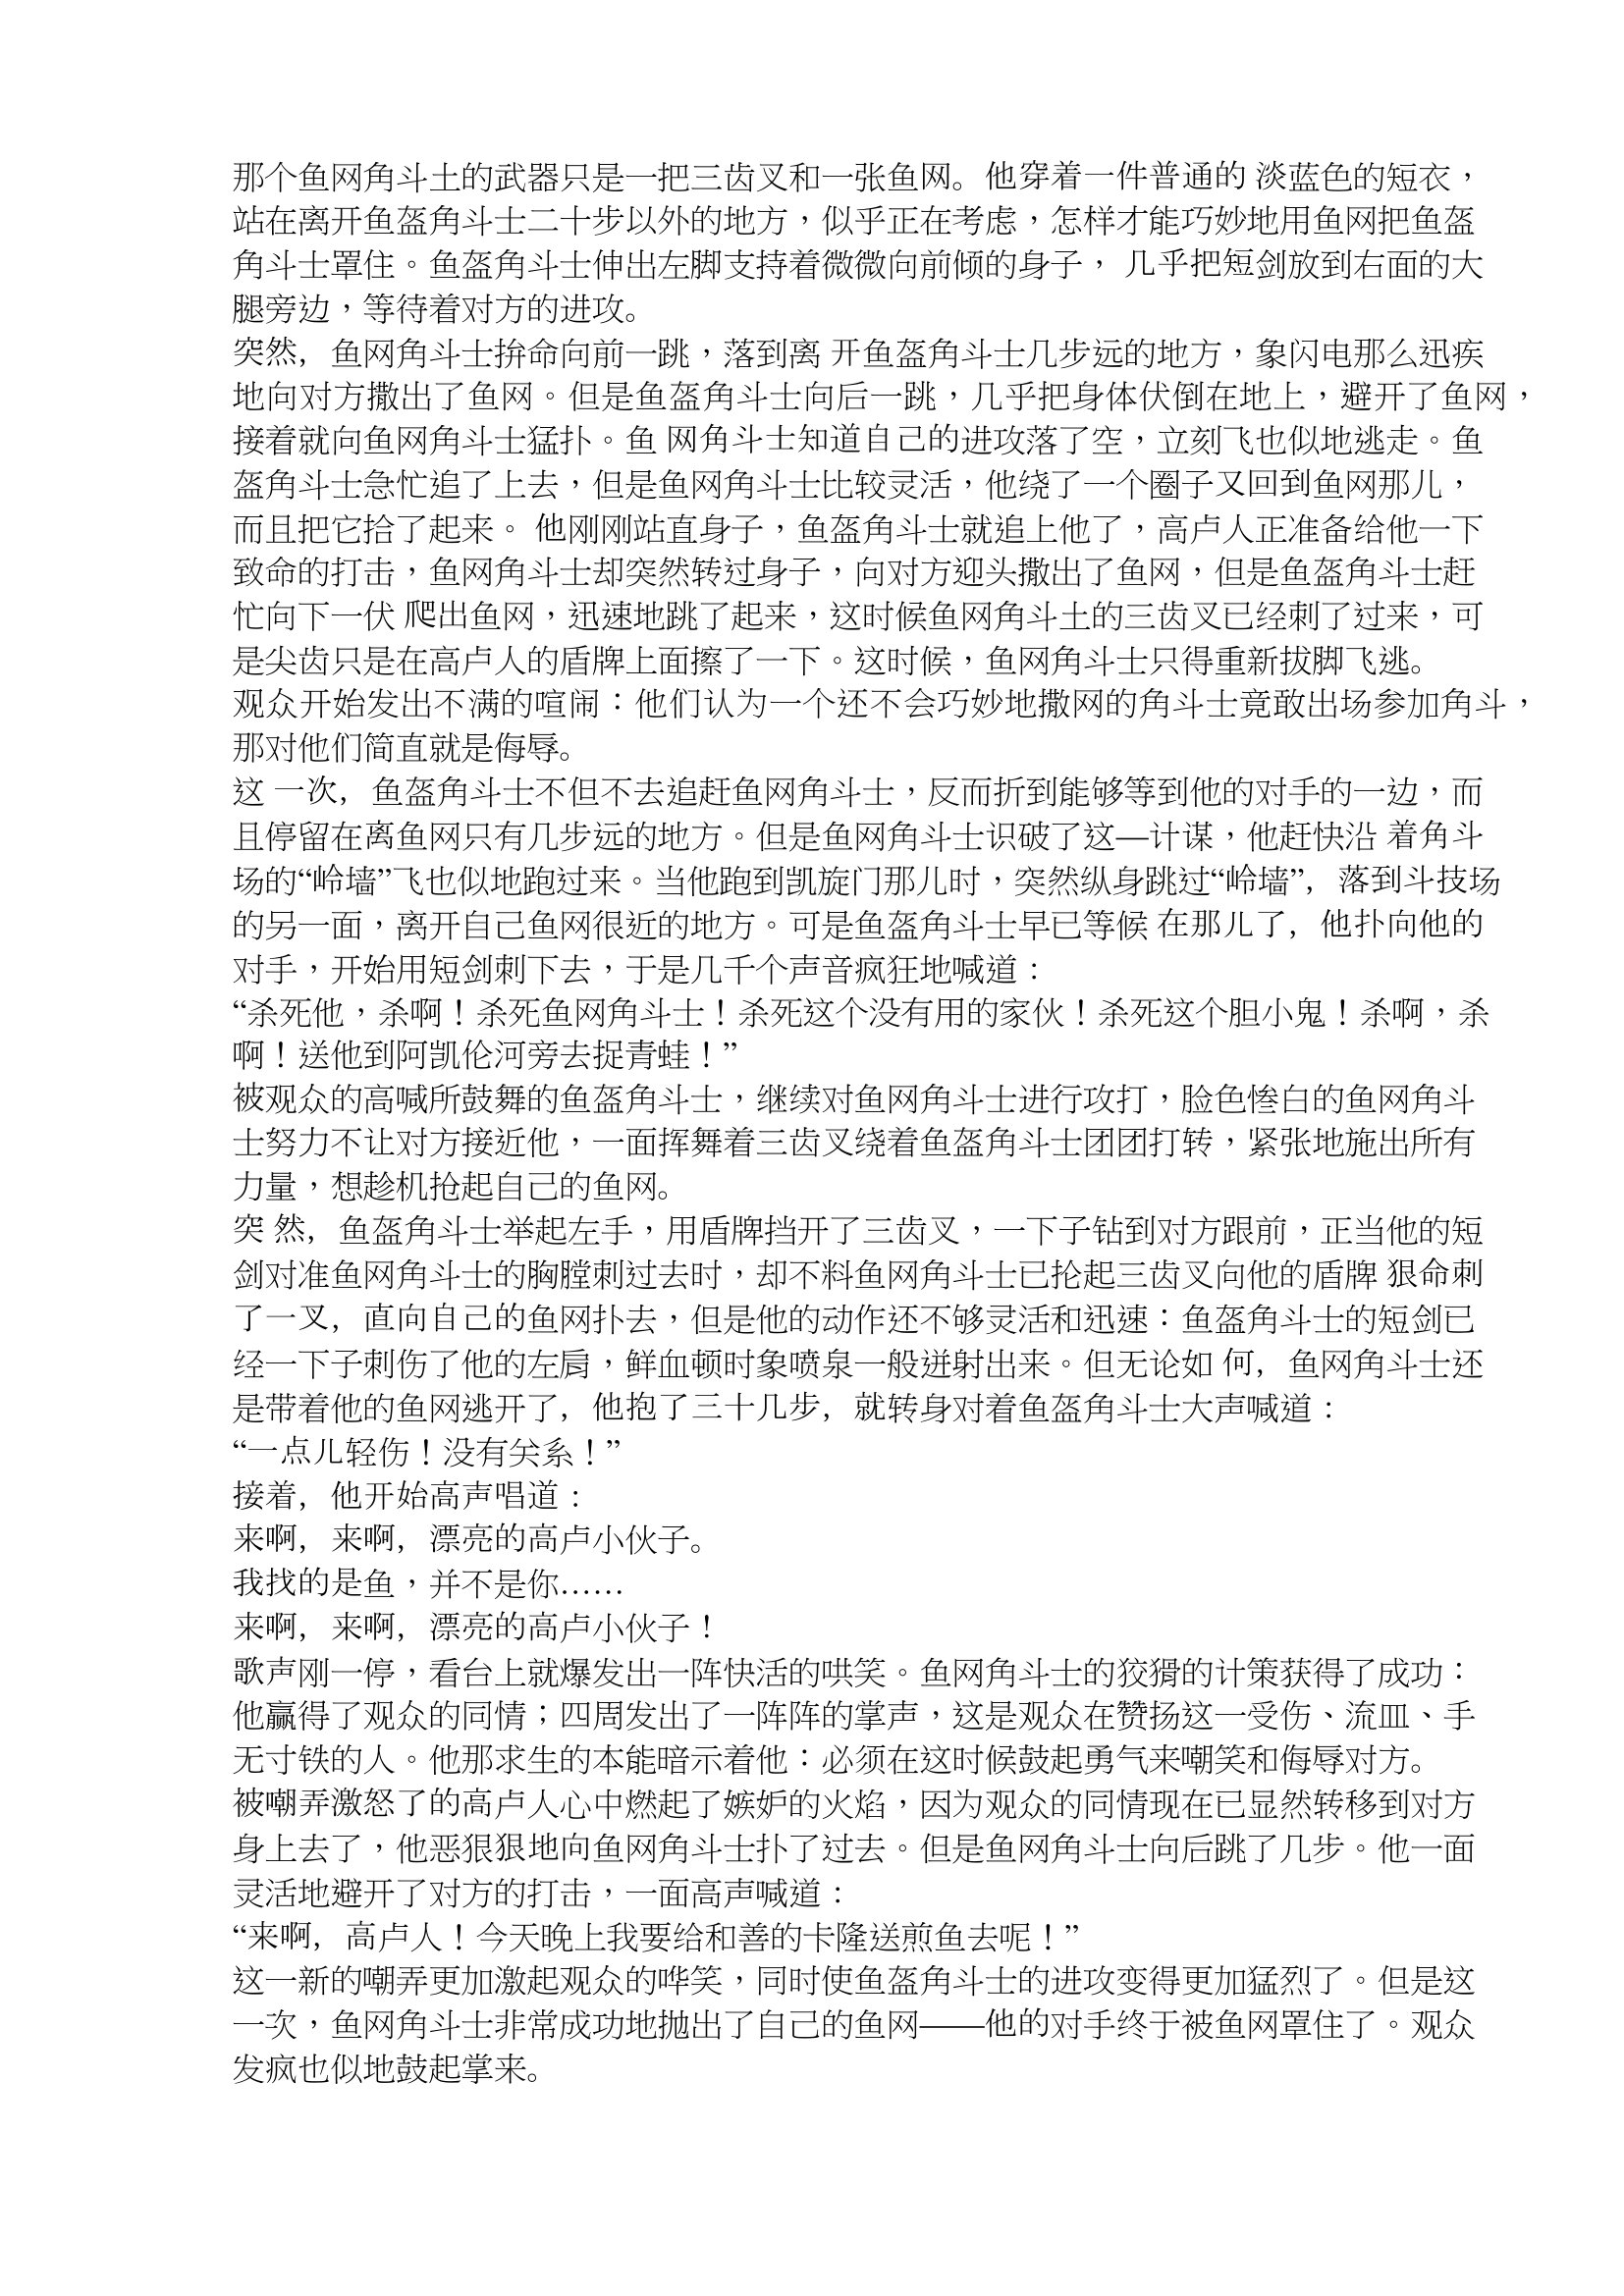
Language: zh